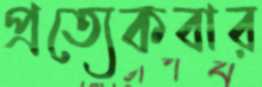
প্রত্যেকবার